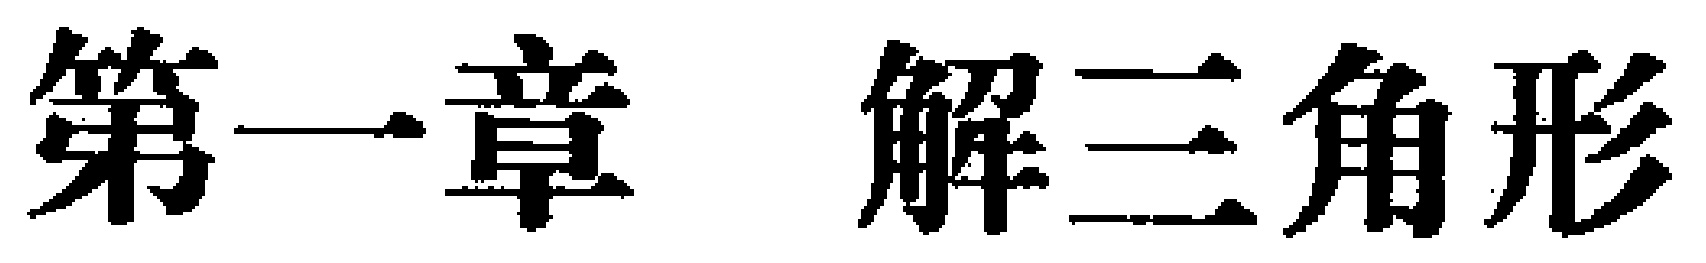
第一章 解三角形